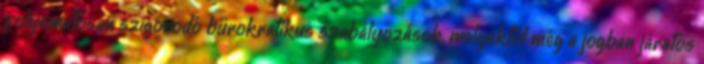
folyamatosan szigorodó bürokratikus szabályozások, melyektõl még a jogban járatos